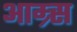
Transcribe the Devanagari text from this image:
आम्र्स